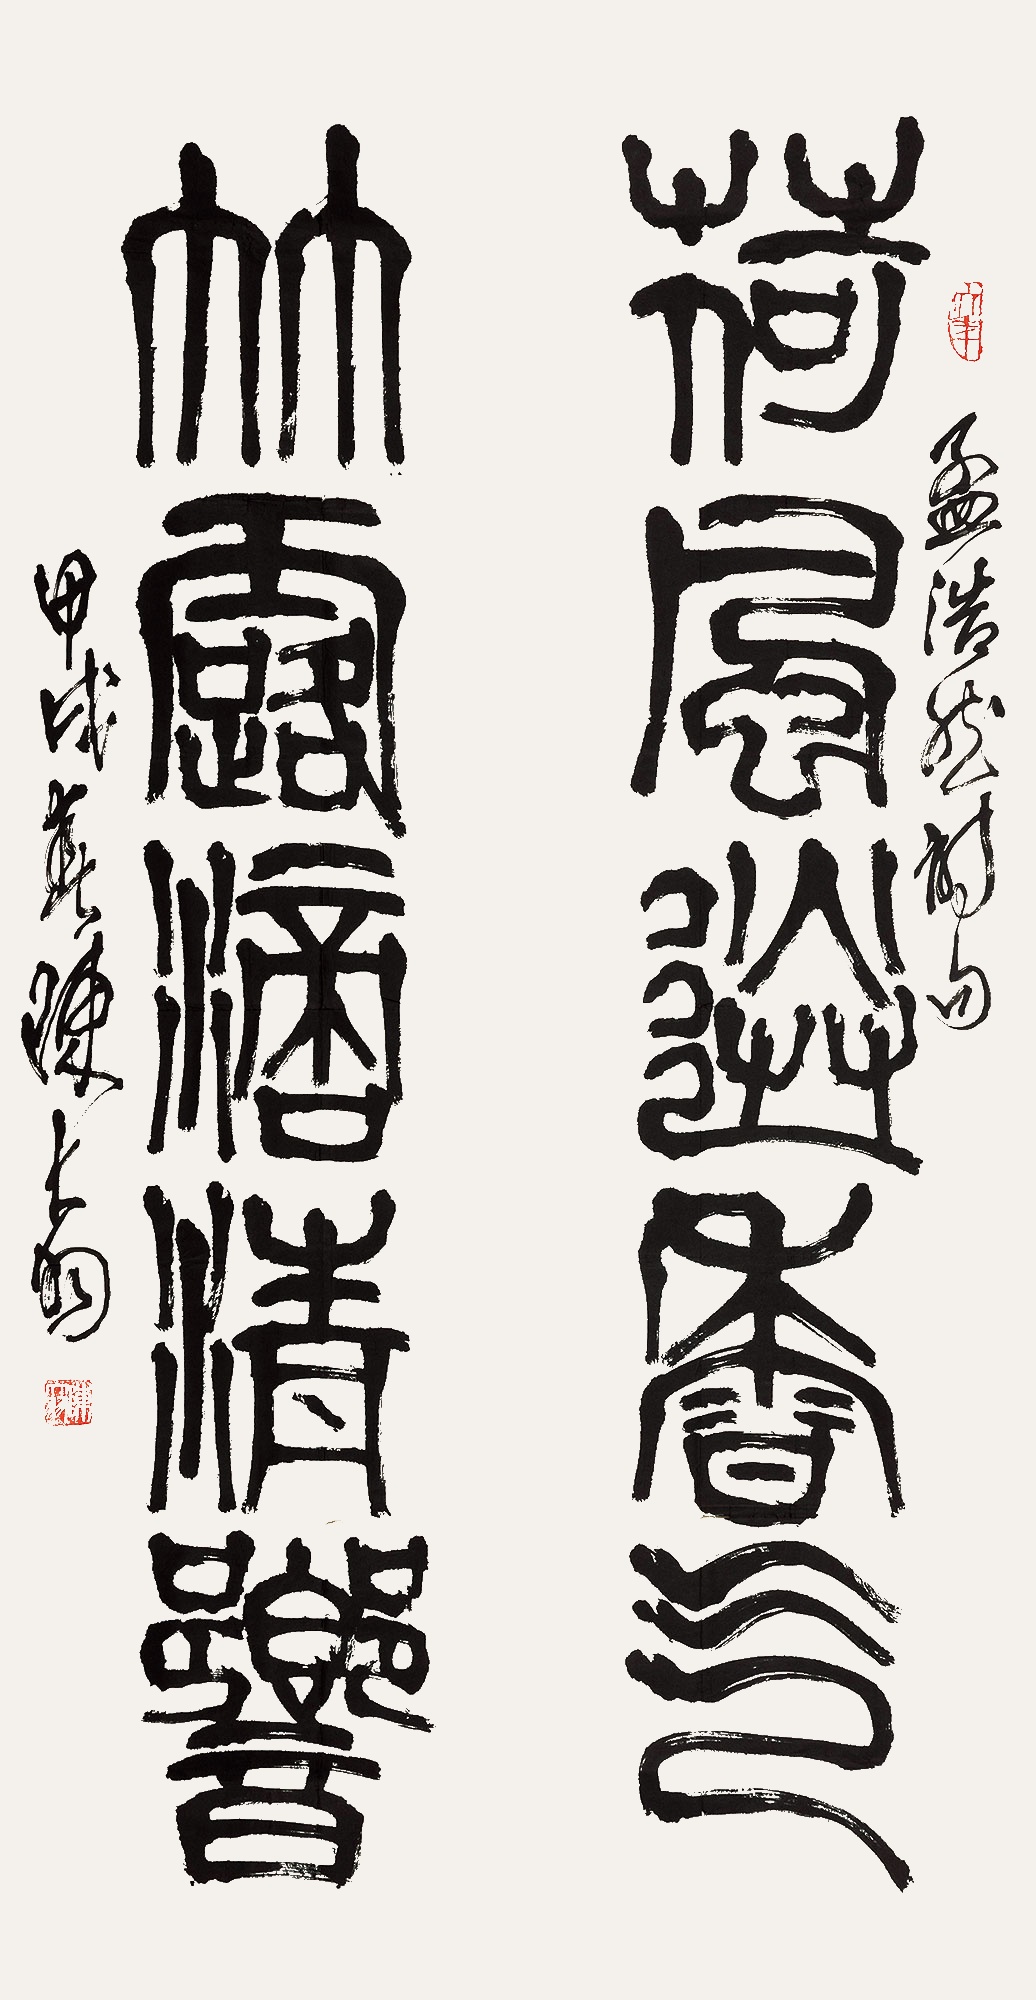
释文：荷风送香气,竹露滴清响。孟浩然诗句。甲戌春陈大羽。